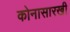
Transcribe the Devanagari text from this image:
कोनासारखी